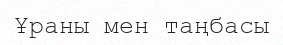
Ұраны мен таңбасы